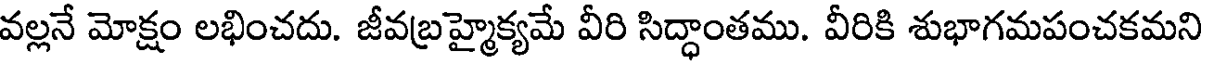
వల్లనే మోక్షం లభించదు. జీవబ్రహ్మైక్యమే వీరి సిద్ధాంతము. వీరికి శుభాగమపంచకమని